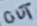
Text: OUT